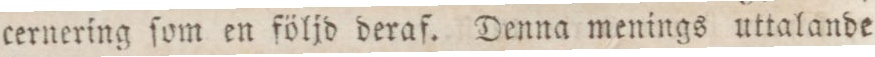
cernering ſom en följd deraf. Denna menings uttalande